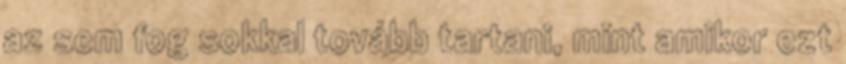
az sem fog sokkal tovább tartani, mint amikor ezt